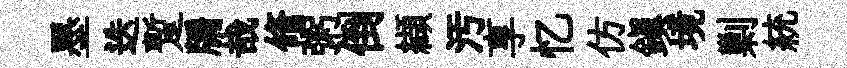
墨迭蹔牖哉脩粥倒纈汚享忆仿鎮境剿統